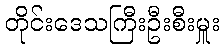
တိုင်းဒေသကြီးဦးစီးမှူး